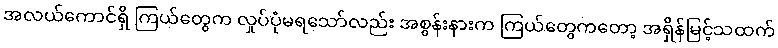
အလယ်ကောင်ရှိ ကြယ်တွေက လှုပ်ပုံမရသော်လည်း အစွန်းနားက ကြယ်တွေကတော့ အရှိန်မြင့်သထက်